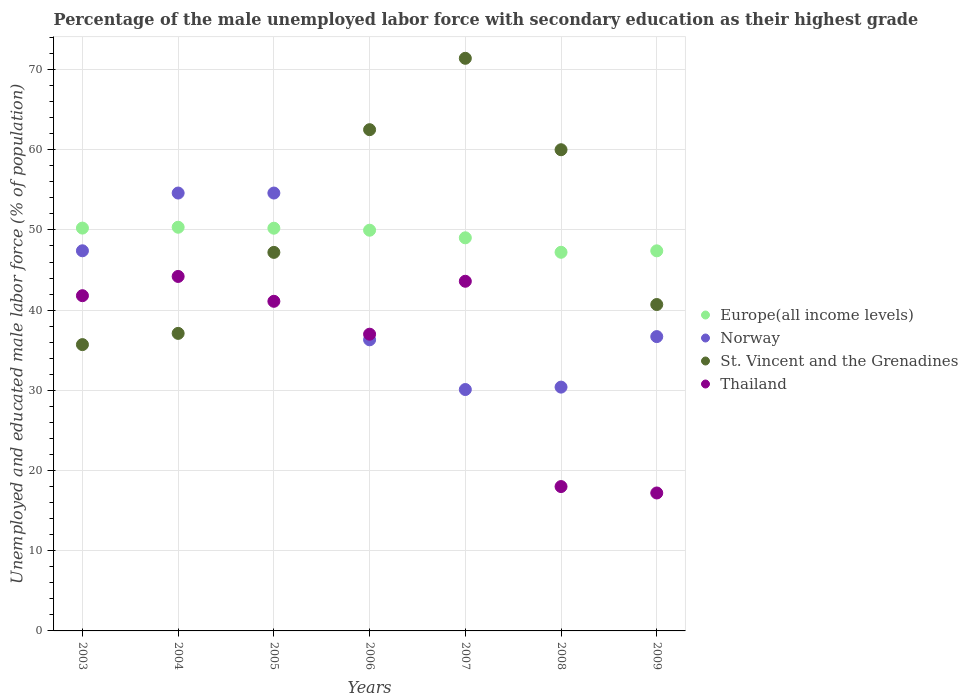
| Years | Europe(all income levels) | Norway | St. Vincent and the Grenadines | Thailand |
 | --- | --- | --- | --- | --- |
 | 2003 | 50.2 | 47.4 | 35.7 | 41.8 |
 | 2004 | 50.3 | 54.6 | 37.1 | 44.2 |
 | 2005 | 50.2 | 54.6 | 47.2 | 41.1 |
 | 2006 | 50 | 36.3 | 62.5 | 37 |
 | 2007 | 49 | 30.1 | 71.4 | 43.6 |
 | 2008 | 47.2 | 30.4 | 60 | 18 |
 | 2009 | 47.4 | 36.7 | 40.7 | 17.2 |